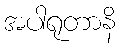
အပါရုတာနိ